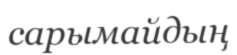
сарымайдың